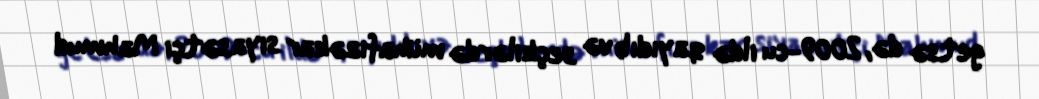
getsə də, 2009-cu ildə qayıdıb və seçkilərdə mühafizəkar siyasətçi Mahmud